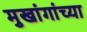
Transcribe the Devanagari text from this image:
मुखांगांच्या